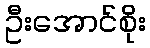
ဦးအောင်စိုး